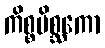
ကိစ္စမိစ္ဆကော